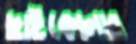
ছাইকোলার